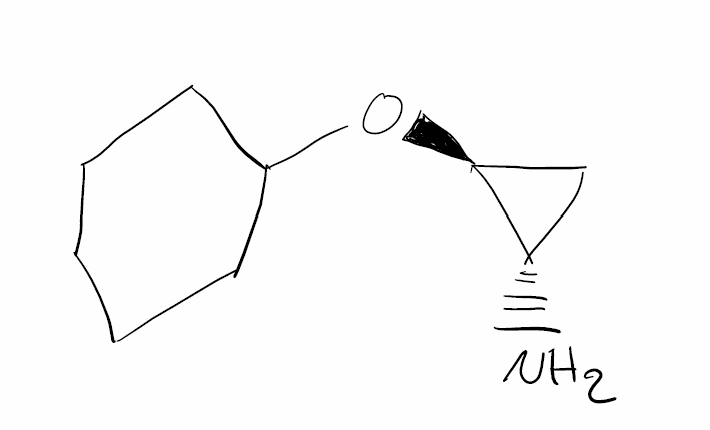
Simplified molecular-input line-entry system (SMILES) notation of the given molecule:
C1CCC(CC1)O[C@H]2C[C@@H]2N